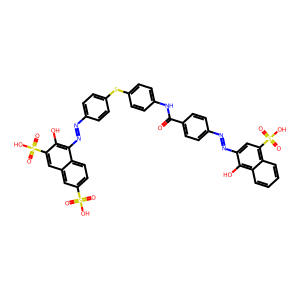
SMILES: O=C(Nc1ccc(Sc2ccc(N=Nc3c(O)c(S(=O)(=O)O)cc4cc(S(=O)(=O)O)ccc34)cc2)cc1)c1ccc(N=Nc2cc(S(=O)(=O)O)c3ccccc3c2O)cc1
Inhibits HIV replication: No